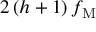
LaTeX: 2 \left( h + 1 \right) f _ { \mathrm { M } }